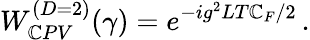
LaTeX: W_{\mathbb{C}PV}^{(D=2)}(\gamma)=e^{-ig^{2}LT\mathbb{C}_{F}/2}\, .